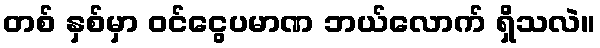
တစ် နှစ်မှာ ဝင်ငွေပမာဏ ဘယ်လောက် ရှိသလဲ။